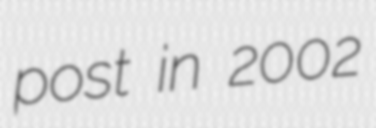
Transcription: post in 2002